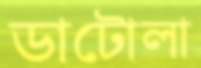
ডাটোলা